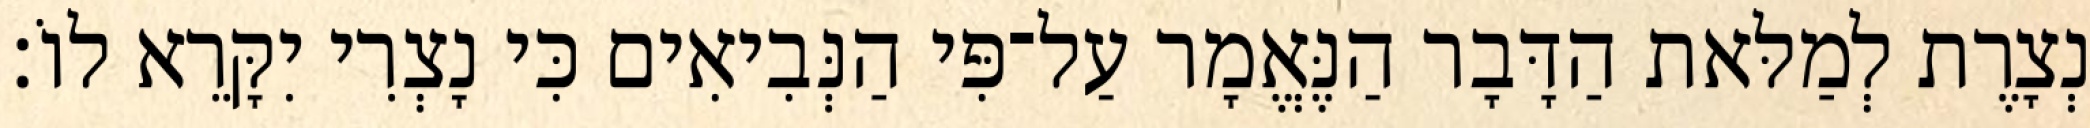
נְצָרֶת לְמַלּאת הַדָּבָר הַנֶּאֱמָר עַל־פִּי הַנְּבִיאִים כִּי נָצְרִי יִקָּרֵא לוֹ׃